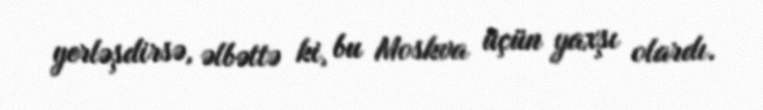
yerləşdirsə, əlbəttə ki, bu Moskva üçün yaxşı olardı.